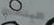
البنطلون